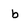
Character: b